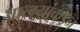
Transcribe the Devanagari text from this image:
आत्म्यांकडून